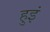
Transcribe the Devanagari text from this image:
हुइं